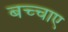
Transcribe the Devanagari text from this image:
बच्चाए